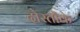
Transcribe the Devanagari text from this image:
दोस्तोंके